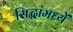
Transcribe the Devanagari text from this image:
सिद्धांमध्यें